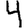
Digit: 4